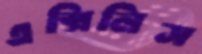
এক্সিলিস